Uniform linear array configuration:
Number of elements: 4
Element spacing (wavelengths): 0.25
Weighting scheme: cosine
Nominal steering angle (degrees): -15
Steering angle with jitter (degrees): -13.198
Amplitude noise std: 0.05
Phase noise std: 0.05

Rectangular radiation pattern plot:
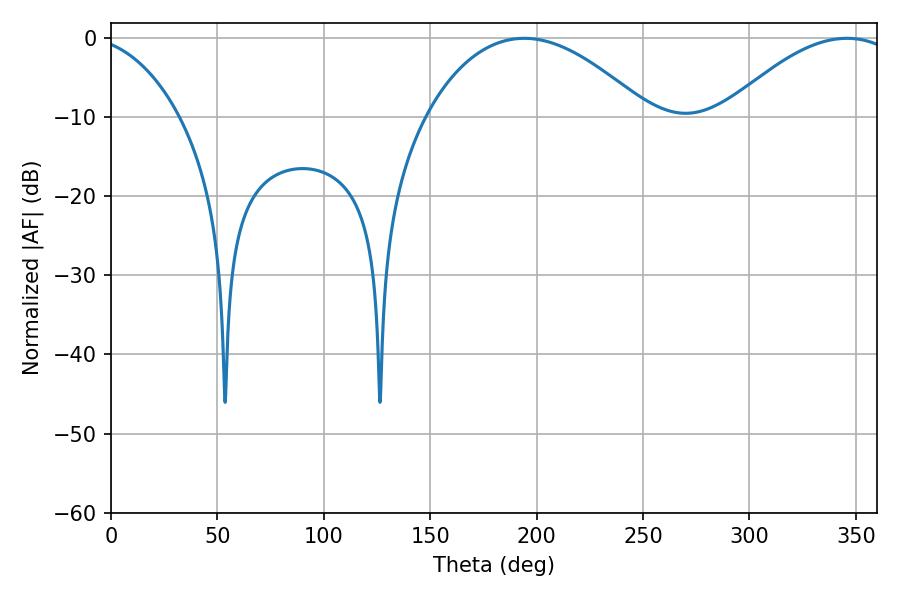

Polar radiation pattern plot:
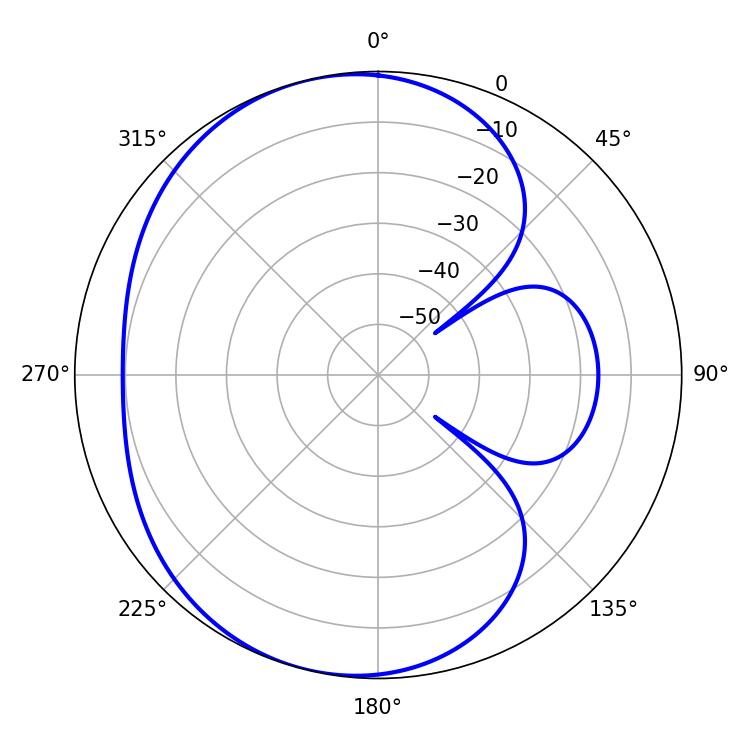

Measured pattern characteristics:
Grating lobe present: FALSE
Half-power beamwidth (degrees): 57.96
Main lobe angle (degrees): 194.22